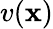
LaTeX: v(\mathbf{x})